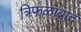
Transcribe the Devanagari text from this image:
त्रिफळाबाद